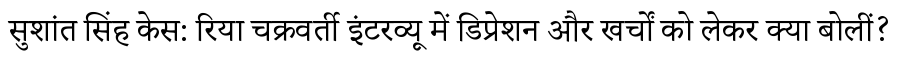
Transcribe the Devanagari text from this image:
सुशांत सिंह केस: रिया चक्रवर्ती इंटरव्यू में डिप्रेशन और खर्चों को लेकर क्या बोलीं?